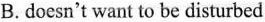
B.doesn't want to be disturbed